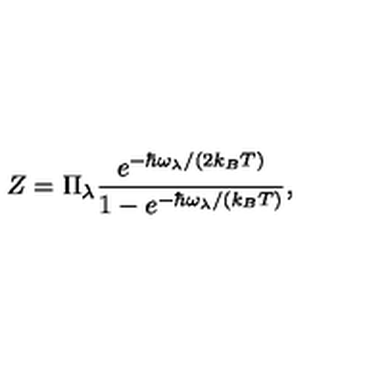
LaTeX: Z = \Pi _ { \lambda } \frac { e ^ { - \hbar \omega _ { \lambda } / ( 2 k _ { B } T ) } } { 1 - e ^ { - \hbar \omega _ { \lambda } / ( k _ { B } T ) } } ,